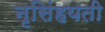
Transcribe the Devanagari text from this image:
नृसिंहयती